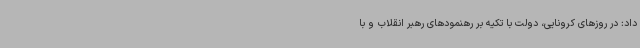
داد: در روزهای کرونایی، دولت با تکیه بر رهنمودهای رهبر انقلاب و با